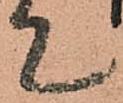
て